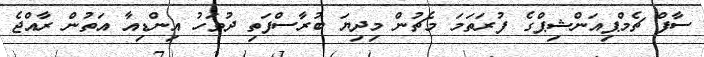
ސާފް ޗެމްޕިއަންޝިޕްގެ ފުރަތަމަ މެޗުން މިދިޔަ ބުރާސްފަތި ދުވަހު އިންޑިއާ އަތުން ރާއްޖެ